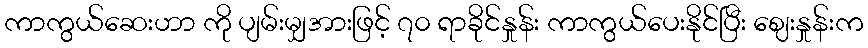
ကာကွယ်ဆေးဟာ ကို ပျမ်းမျှအားဖြင့် ၇၀ ရာခိုင်နှုန်း ကာကွယ်ပေးနိုင်ပြီး ဈေးနှုန်းက